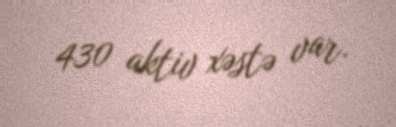
430 aktiv xəstə var.